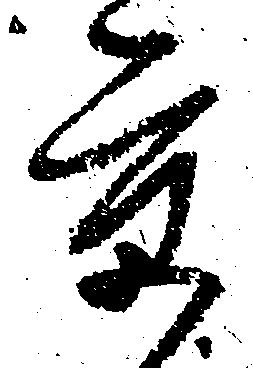
京